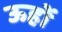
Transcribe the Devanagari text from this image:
ऊहों